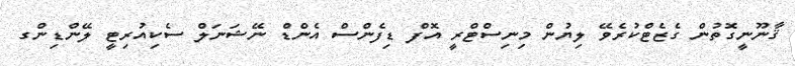
ޤާނޫނީގޮތުން ގެޒެޓްކުރެވޭ ލިޔުން މިނިސްޓްރީ އޮފް ޑިފެންސް އެންޑް ނޭޝަނަލް ސެކިއުރިޓީ ލޭންޑިންގ